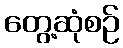
တွေ့ဆုံစဉ်